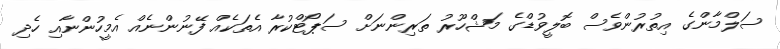
ސަލްމާންގެ އިތުރުންވެސް ބޮލީވުޑްގެ މަޝްހޫރު ތަރިންނަށް ސަޕޯޓްކުރާ އެތަކެއް ފޭނުންނެއް އެމީހުންނާއި ހެދި